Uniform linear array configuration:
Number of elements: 4
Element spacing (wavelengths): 0.5
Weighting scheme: blackman
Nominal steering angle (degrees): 15
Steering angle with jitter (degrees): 14.683
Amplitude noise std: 0.05
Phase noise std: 0.05

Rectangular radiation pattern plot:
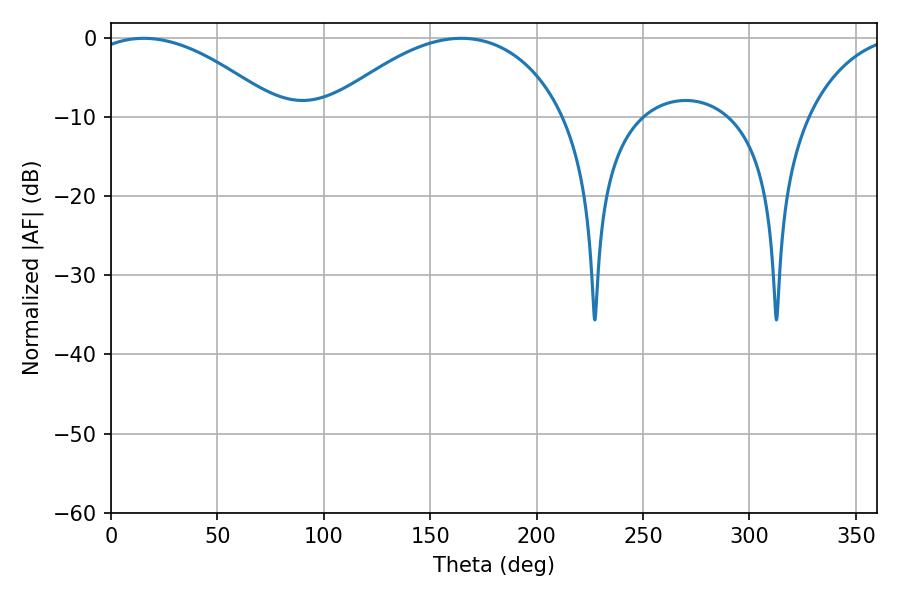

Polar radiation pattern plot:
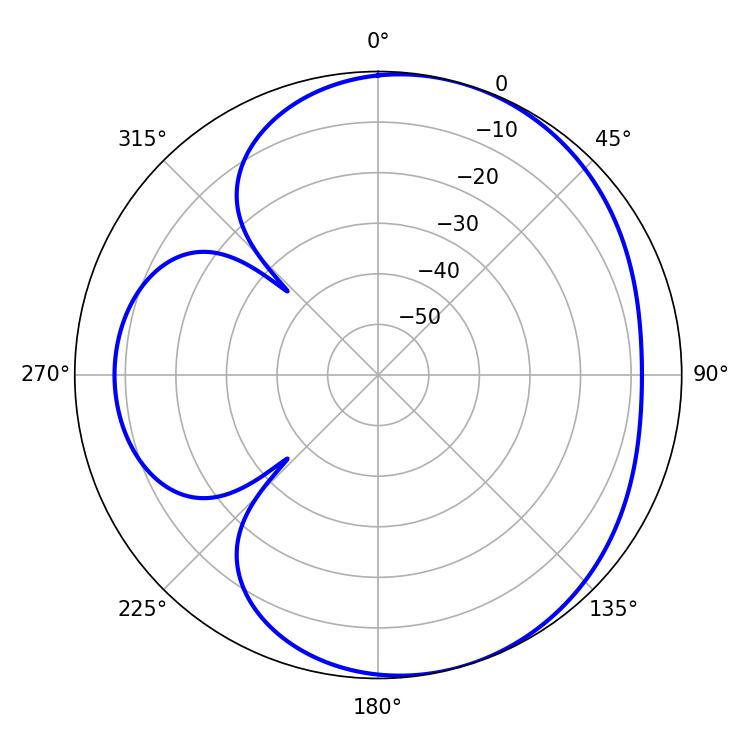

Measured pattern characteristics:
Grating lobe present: FALSE
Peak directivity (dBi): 4.809
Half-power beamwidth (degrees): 49.86
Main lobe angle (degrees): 15.3